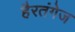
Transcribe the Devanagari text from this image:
हैरतंगेज